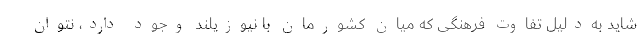
شاید به‌دلیل تفاوت فرهنگی که میان کشورمان با نیوزیلند وجود دارد، نتوان